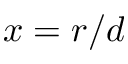
x = r / d